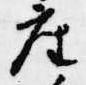
座